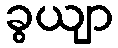
ခွယျာ